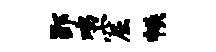
郢鸡窟帙